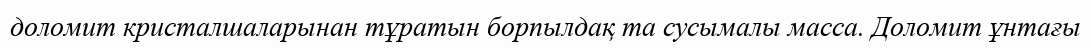
доломит кристалшаларынан тұратын борпылдақ та сусымалы масса. Доломит ұнтағы